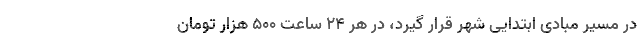
در مسیر مبادی ابتدایی شهر قرار گیرد، در هر ۲۴ ساعت ۵۰۰ هزار تومان